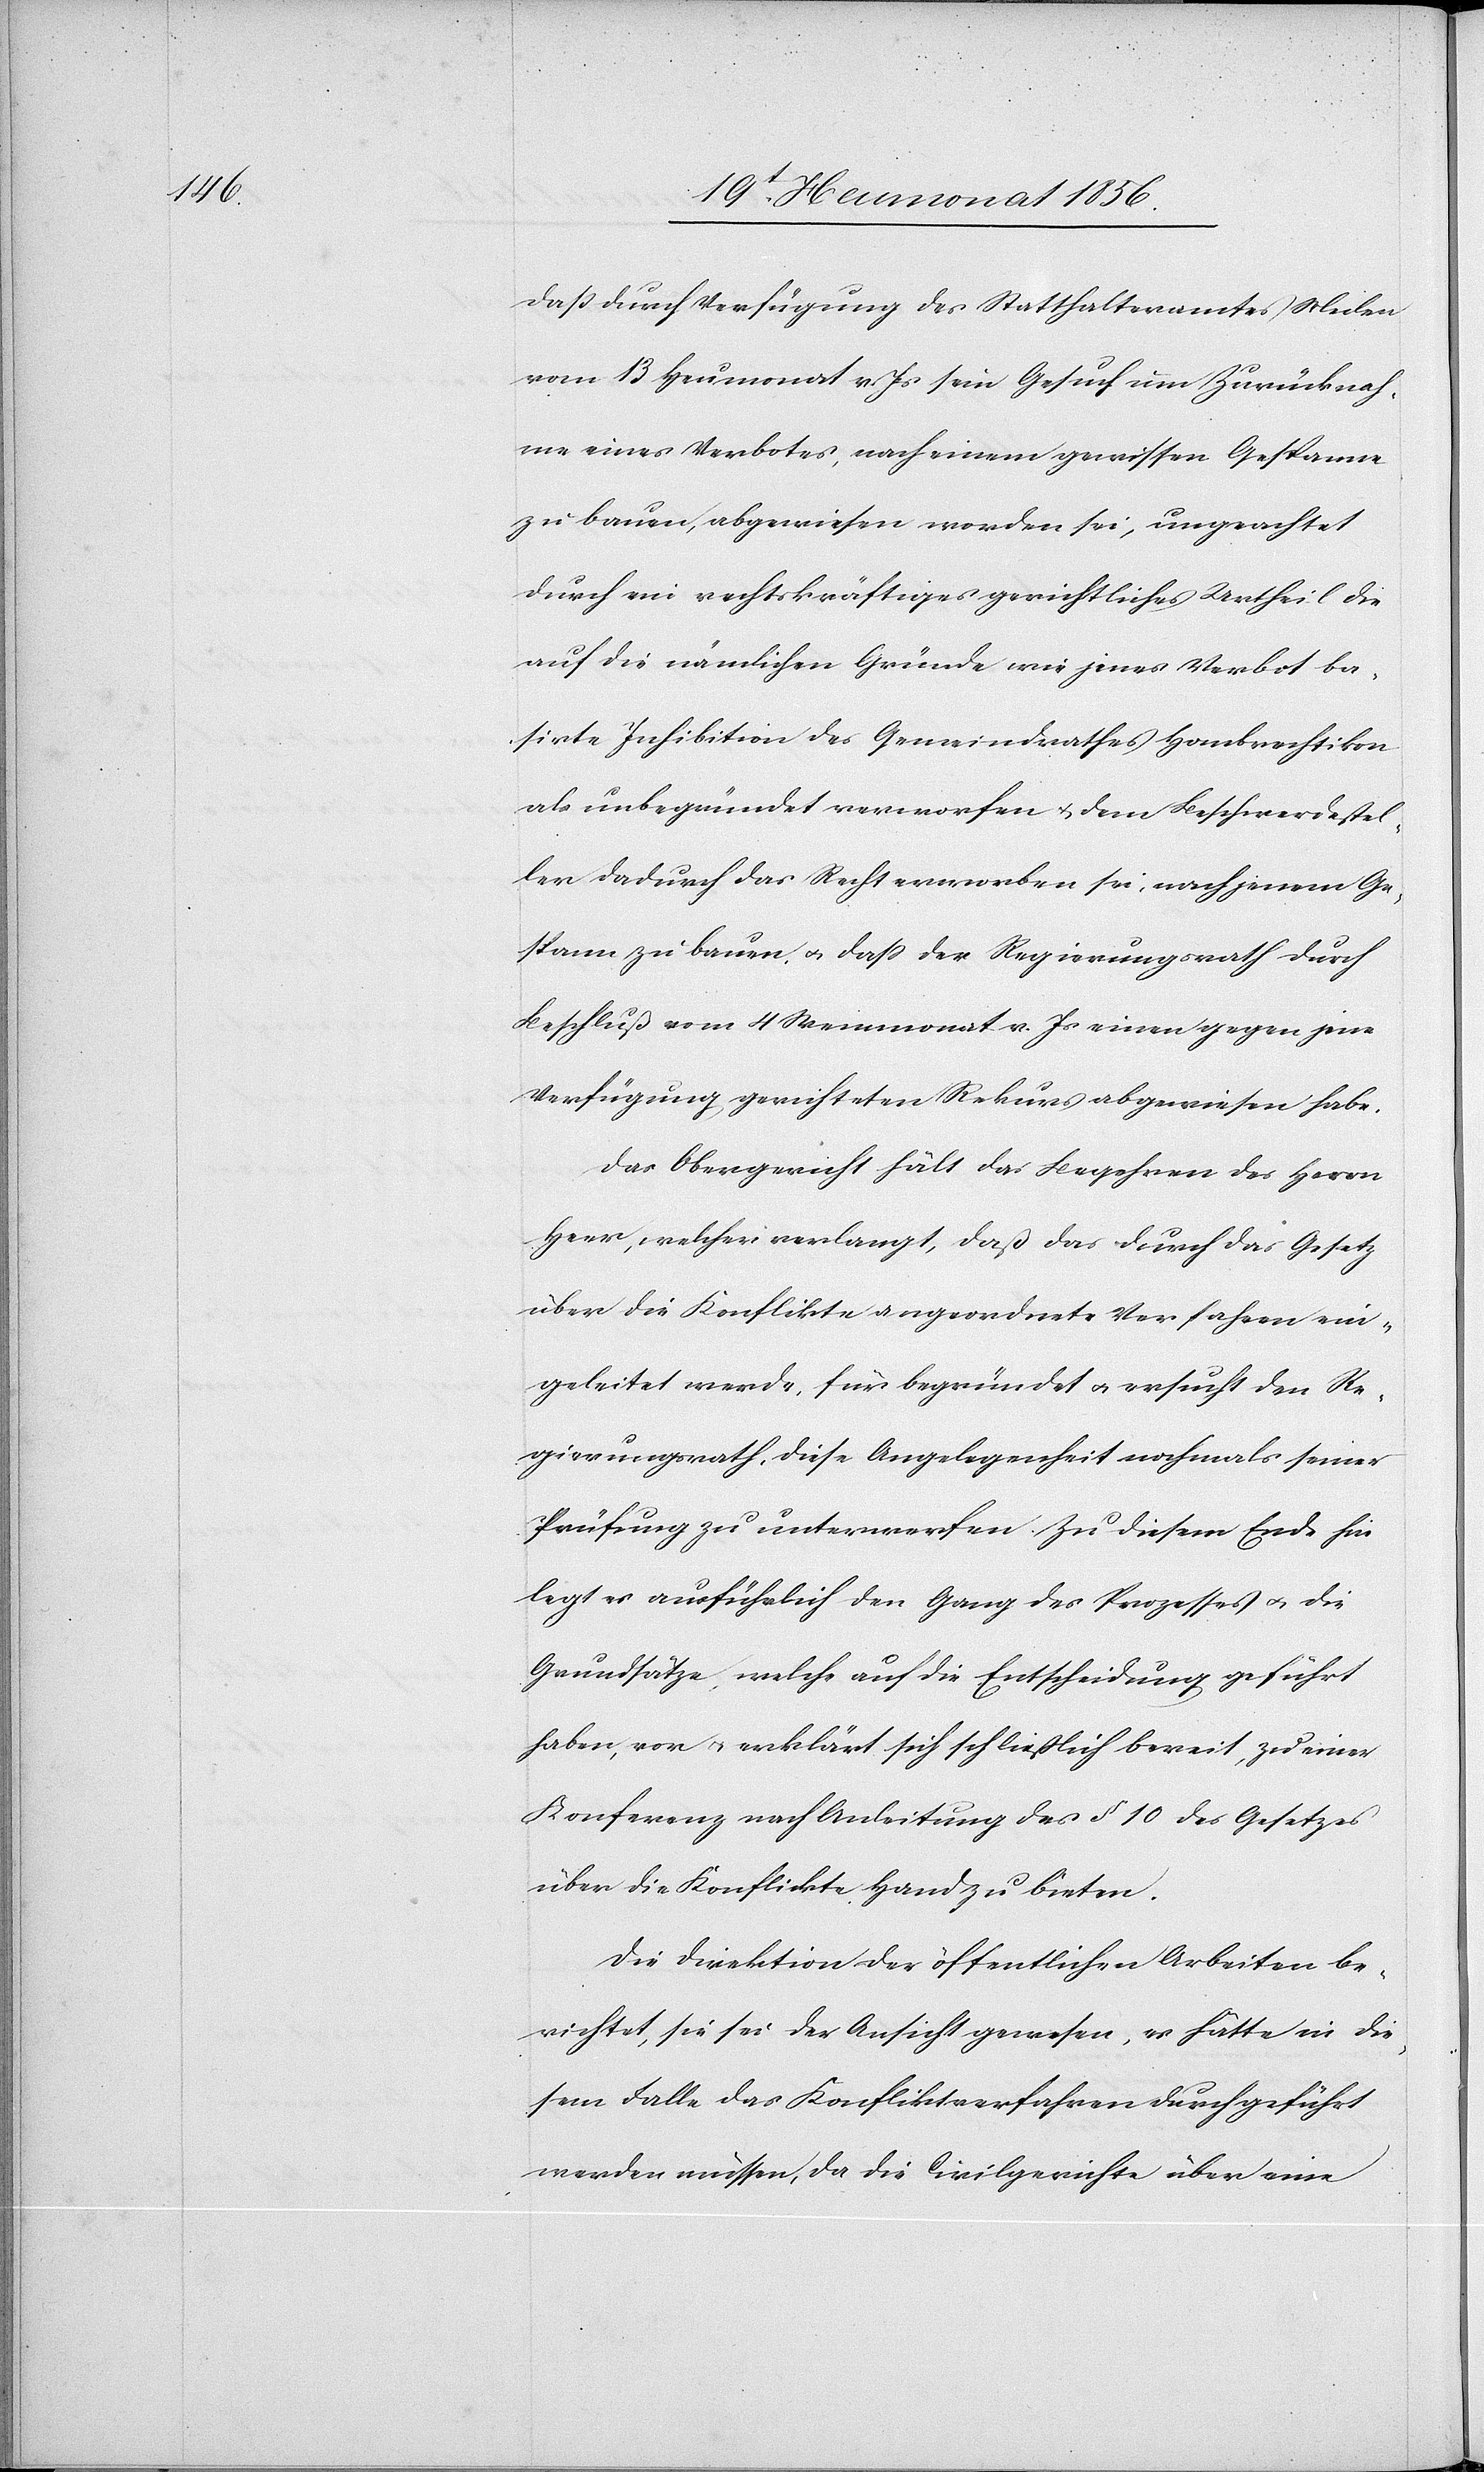
dass durch Verfügung des Statthalteramtes Meilen
vom 13 Heumonat v. Js sein Gesuch um Zurücknah¬
me eines Verbotes, nach einem gewissen Gespanne
zu bauen, abgewiesen worden sei, ungeachtet
durch ein rechtskräftiges gerichtliches Urtheil die
auf die nämlichen Gründe wie jenes Verbot ba¬
sirte Inhibition des Gemeindrathes Hombrechtikon
als unbegründet verworfen u. dem Beschwerdestel¬
ler dadurch das Recht erworben sei, nach jenem Ge¬
spann zu bauen, u. dass der Regierungsrath durch
Beschluß vom 4 Weinmonat v. Js einen gegen jene
Verfügung gerichteten Rekurs abgewiesen habe.
Das Obergericht hält das Begehren des Herrn
Heer, welcher verlangt, daß das durch das Gesetz
über die Konflikte angeordnete Verfahren ein¬
geleitet werde, für begründet u. ersucht den Re¬
gierungsrath, diese Angelegenheit nochmals seiner
Prüfung zu unterwerfen. Zu diesem Ende hin
legt es ausführlich den Gang des Prozesses u. die
Grundsätze, welche auf die Entscheidung geführt
haben, vor u. erklärt sich schließlich bereit, zu einer
Konferenz nach Anleitung des § 10 des Gesetzes
über die Konflikte Hand zu bieten.
Die Direktion der öffentlichen Arbeiten be¬
richtet, sie sei der Ansicht gewesen, es hätte in die¬
sem Falle das Konfliktverfahren durchgeführt
werden müssen, da die Civilgerichte über eine